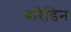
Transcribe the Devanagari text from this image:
करैडिन